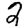
Digit: 2